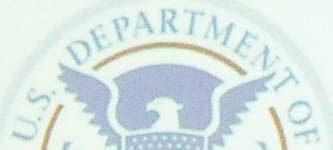
U.S. DEPARTMENT OF